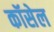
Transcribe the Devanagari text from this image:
कॉसेल